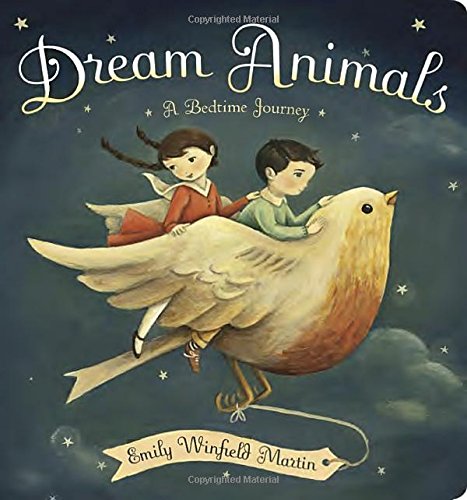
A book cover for Dream Animals: A Bedtime Journey; Emily Winfield Martin; Children's Books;